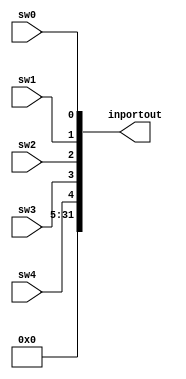
module in_port(sw0,sw1,sw2,sw3,sw4, inportout);
	input sw0,sw1,sw2,sw3,sw4;
	
	output[31:0] inportout;
	
	assign inportout = {27'b0, sw4,sw3,sw2,sw1,sw0};

endmodule